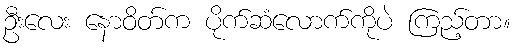
ဦးလေး နောဝိတ်က ပိုက်ဆံလောက်ကိုပဲ ကြည့်တာ။